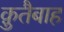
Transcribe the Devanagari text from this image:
क़ुतैबाह